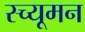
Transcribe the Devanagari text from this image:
स्च्यूमन